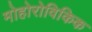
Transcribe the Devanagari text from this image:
मोहोरोविकिक